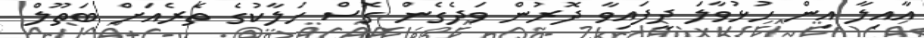
އާއިލާ އިން ހުޅުވާލަ ދީފައިވާ ދޮރުން ވަދެގެން ގޮސް ހަލާކުގެ ތެރެއަށް ބަތޫލް